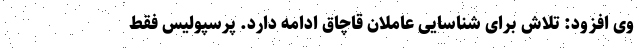
وی افزود: تلاش برای شناسایی عاملان قاچاق ادامه دارد. پرسپولیس فقط